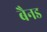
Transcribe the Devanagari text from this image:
बैनड